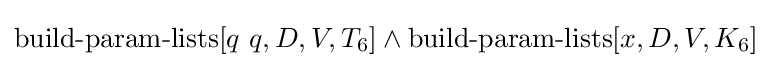
\operatorname {build-param-lists} [q\ q,D,V,T_{6}]\land \operatorname {build-param-lists} [x,D,V,K_{6}]